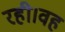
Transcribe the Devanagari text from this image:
रही।वह